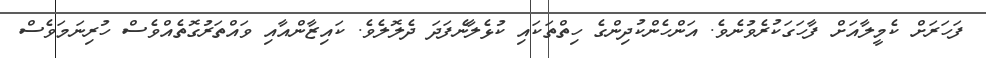
ފަހަރަށް ކެމީލާއަށް ފާހަގަކުރެވުނެވެ. އަންހެންކުދިންގެ ހިތްތަކައި ކުޅެލާނެފަދަ ދެލޮލެވެ. ކައިޒާންއާއި ވައްތަރުގޮތެއްވެސް ހުރިނަމަވެސް